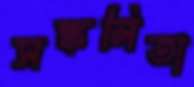
সঙ্কলিতা